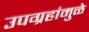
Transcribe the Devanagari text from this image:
उपग्रहांमुळे